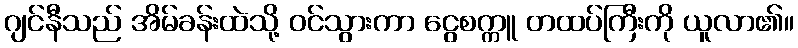
ဂျင်နီသည် အိမ်ခန်းထဲသို့ ဝင်သွားကာ ငွေစက္ကူ တထပ်ကြီးကို ယူလာ၏။